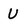
Character: u